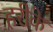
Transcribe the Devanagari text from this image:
हरीके